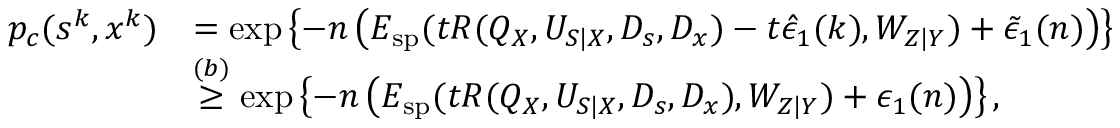
\begin{array} { r l } { p _ { c } ( s ^ { k } , x ^ { k } ) } & { = \exp \left\{ - n \left( E _ { \mathrm { s p } } ( t R ( Q _ { X } , U _ { S | X } , D _ { s } , D _ { x } ) - t \hat { \epsilon } _ { 1 } ( k ) , W _ { Z | Y } ) + \tilde { \epsilon } _ { 1 } ( n ) \right) \right\} } \\ & { \overset { ( b ) } { \geq } \exp \left\{ - n \left( E _ { \mathrm { s p } } ( t R ( Q _ { X } , U _ { S | X } , D _ { s } , D _ { x } ) , W _ { Z | Y } ) + \epsilon _ { 1 } ( n ) \right) \right\} , } \end{array}